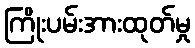
ကြိုးပမ်းအားထုတ်မှု